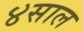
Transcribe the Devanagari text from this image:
४साल